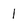
Character: 1